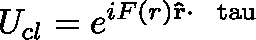
U _ { c l } = e ^ { i F ( r ) { \bf \hat { r } } \cdot \mathrm { \boldmath ~ \ t a u ~ } }